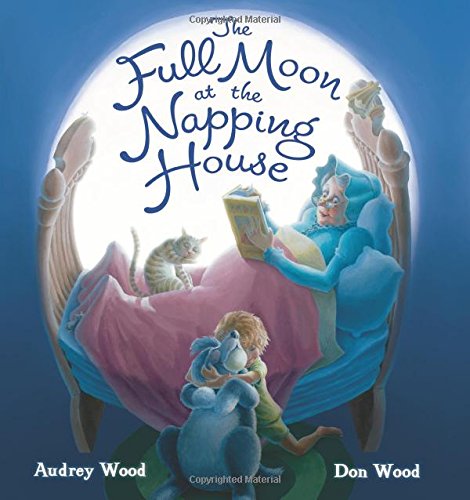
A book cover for The Full Moon at the Napping House; Audrey Wood; Children's Books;